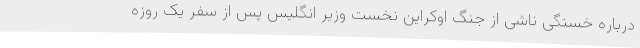
درباره خستگی ناشی از جنگ اوکراین نخست وزیر انگلیس پس از سفر یک روزه